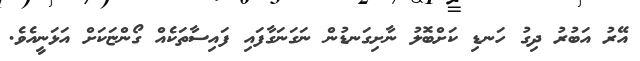
އޭރު އަބުރު ދިގު ހަނޑި ކަށްބޮލު ނާށިގަނޑުން ނަގަނަގާފައި ފައިސާތަކެއް ގޯންޏަކަށް އަޅަނީއެވެ.